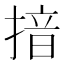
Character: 揞